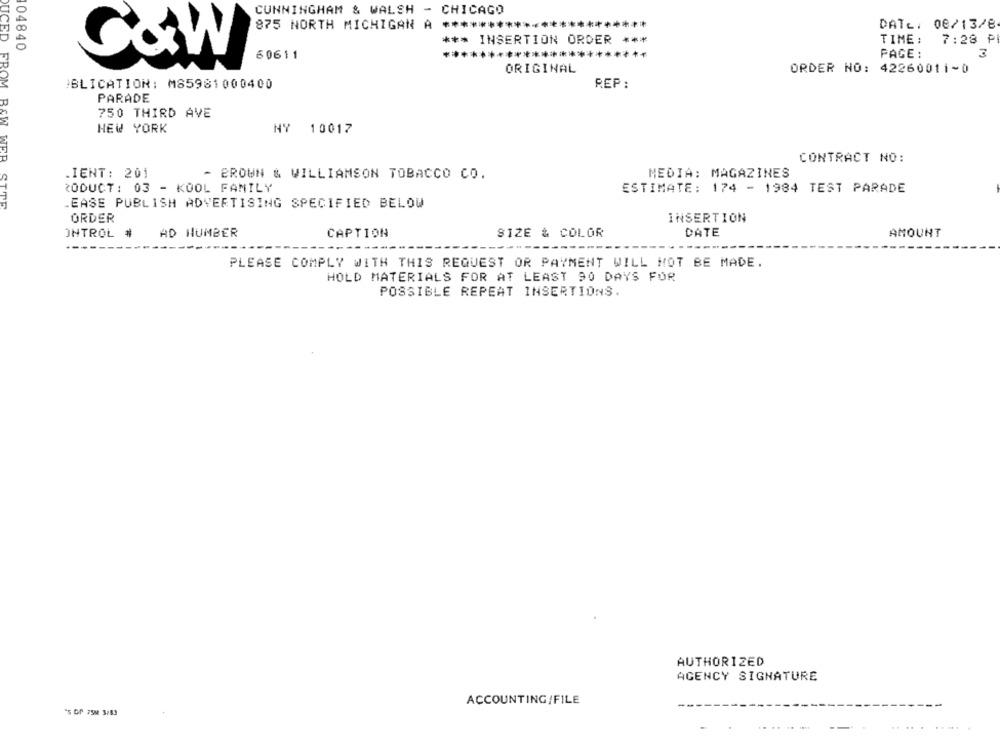
CUNNINGHAM & WALSH - CHICAGO
875 NORTH MICHIGAN A ***********************
DATE: 08/13/8
104840
*** INSERTION ORDER ***
TIME :
7:28 P
******
PAGE :
G&W
60611
3
ORIGINAL
ORDER NO: 42260011~0
BLICATION: M85981000400
REP:
PARADE
750 THIRD AVE
DUCED FROM B&W
NY
HEW YORK
10017
WER
CONTRACT NO:
.IENT: 201
- BROWN & WILLIAMSON TOBACCO CO.
MEDIA: MAGAZINES
RODUCT: 03 - KOOL FAMILY
ESTIMATE: 174 - 1984 TEST PARADE
STOR
EASE PUBLISH ADVERTISING SPECIFIED BELOW
ORDER
INSERTION
INTROL
AD HUMBER
SIZE & COLOR
DATE
AMOUNT
CAPTION
----
-----
PLEASE COMPLY WITH THIS REQUEST OR PAYMENT WILL NOT BE MADE.
HOLD MATERIALS FOR AT LEAST 90 DAYS FOR
POSSIBLE REPEAT INSERTIONS.
AUTHORIZED
AGENCY SIGNATURE
ACCOUNTING/FILE
"s GP 75M 3/83
......